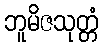
ဘူမိဇသုတ္တံ